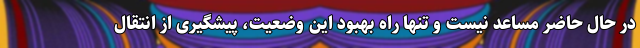
در حال حاضر مساعد نیست و تنها راه بهبود این وضعیت، پیشگیری از انتقال